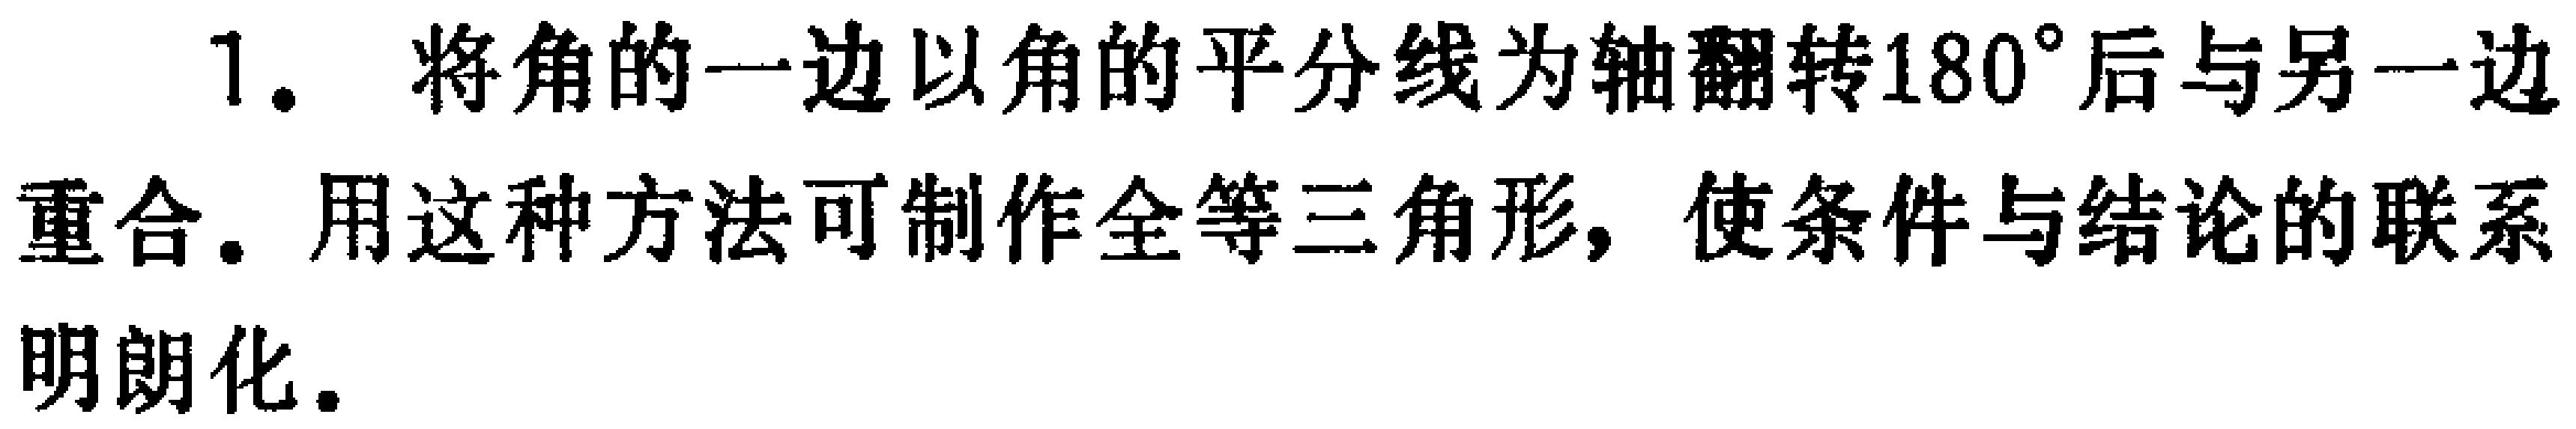
1. 将角的一边以角的平分线为轴翻转\(180^{\circ}\)后与另一边重合. 用这种方法可制作全等三角形, 使条件与结论的联系明朗化.